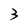
Character: 3